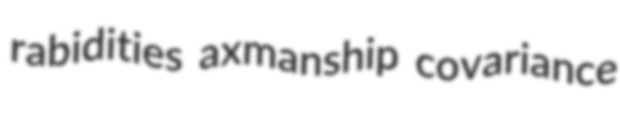
rabidities axmanship covariance